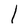
Character: l